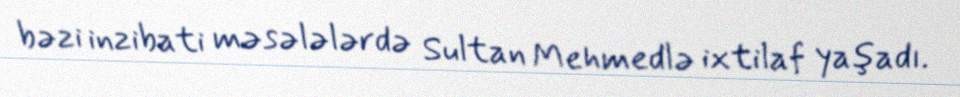
bəzi inzibati məsələlərdə Sultan Mehmedlə ixtilaf yaşadı.